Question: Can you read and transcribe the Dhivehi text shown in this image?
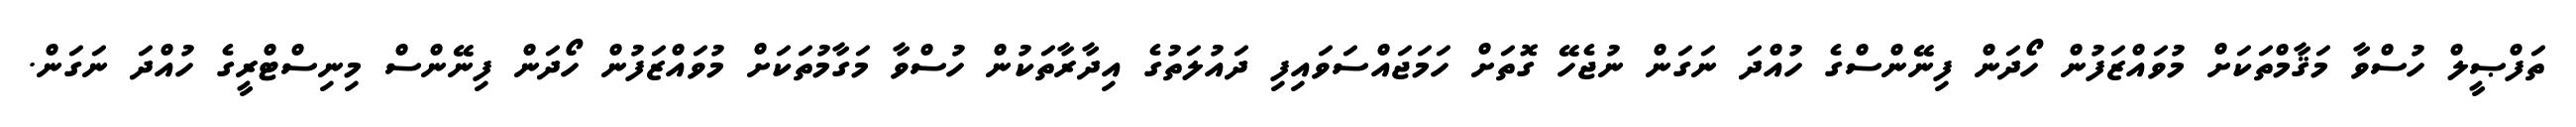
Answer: ތަފްޞީލް ހުސްވާ މަޤާމްތަކަށް މުވައްޒަފުން ހޯދަން ފިނޭންސްގެ ހުއްދަ ނަގަން ނުޖެހޭ ގޮތަށް ހަމަޖައްސަވައިފި ދައުލަތުގެ އިދާރާތަކުން ހުސްވާ މަގާމުތަކަށް މުވައްޒަފުން ހޯދަން ފިނޭންސް މިނިސްޓްރީގެ ހުއްދަ ނަގަން.